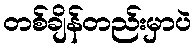
တစ်ချိန်တည်းမှာပဲ